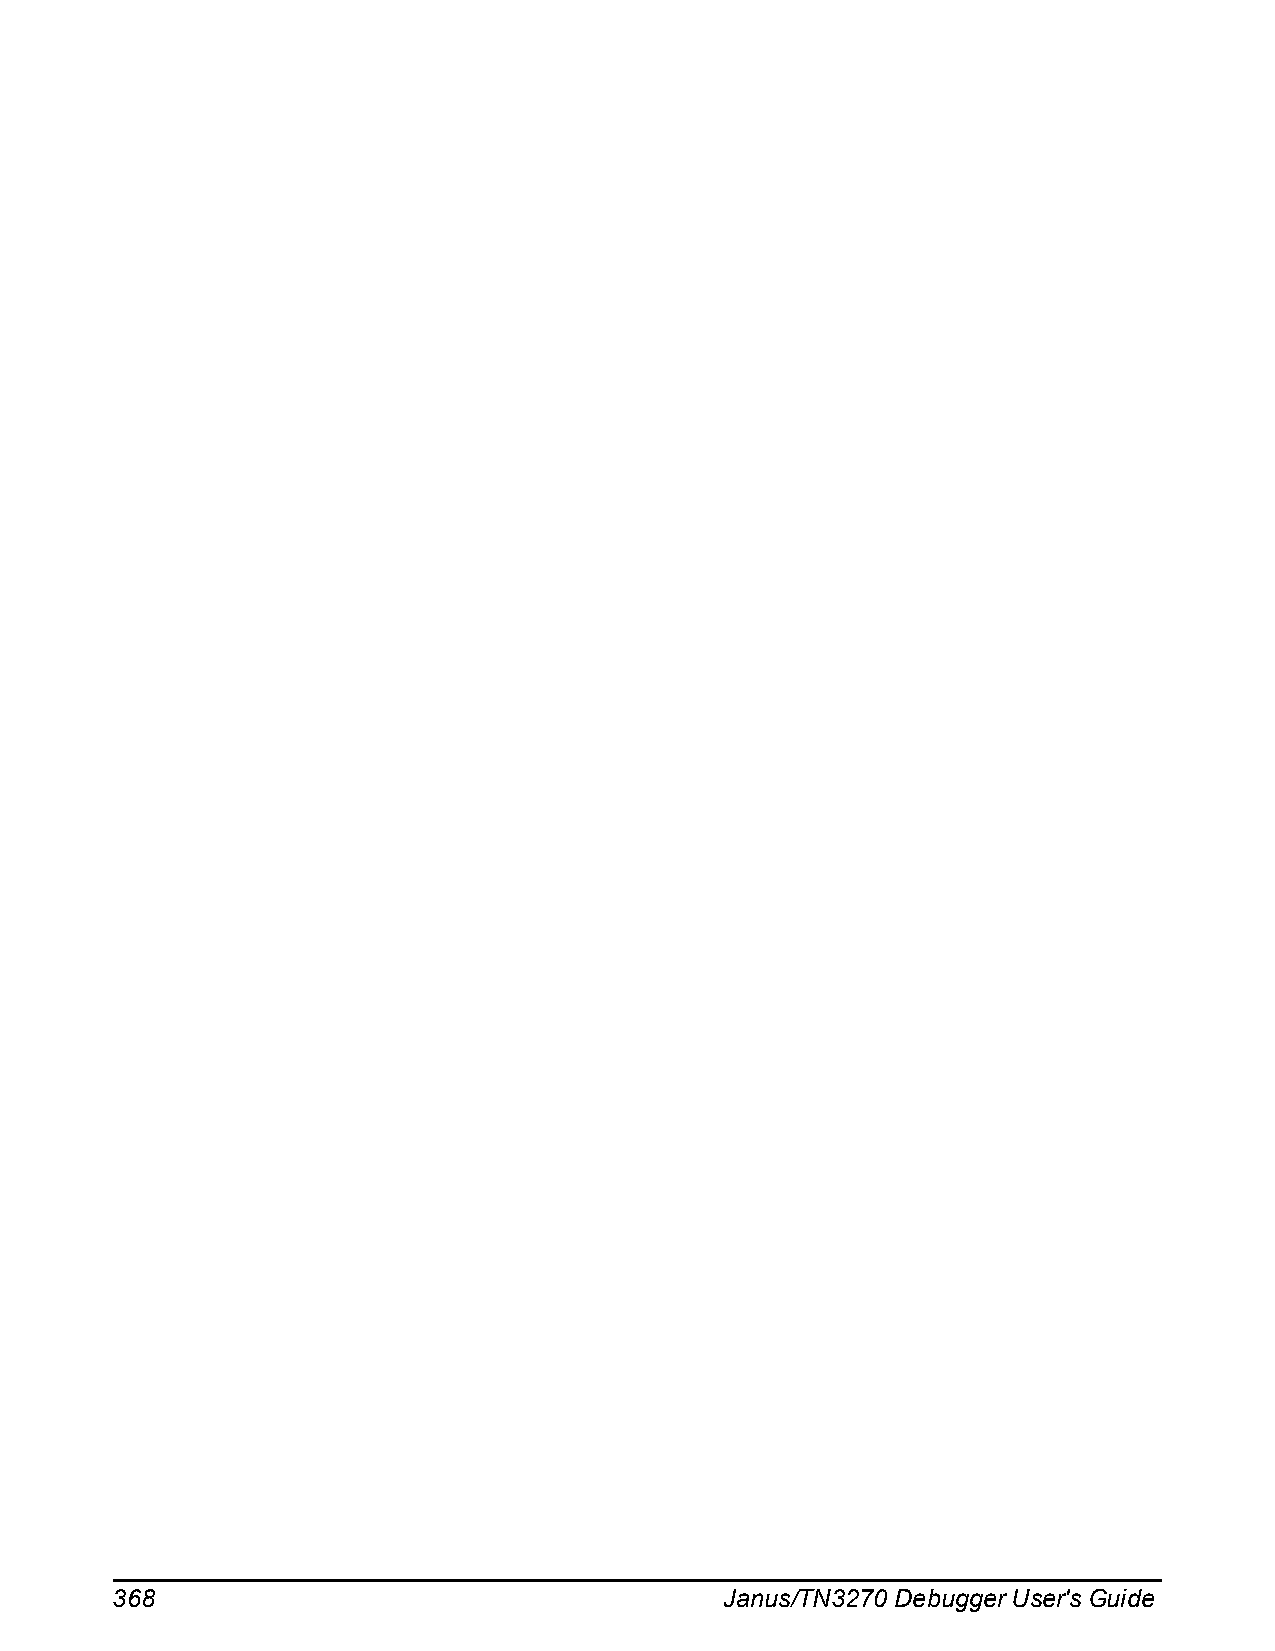
368                                      Janus/TN3270 Debugger User's Guide